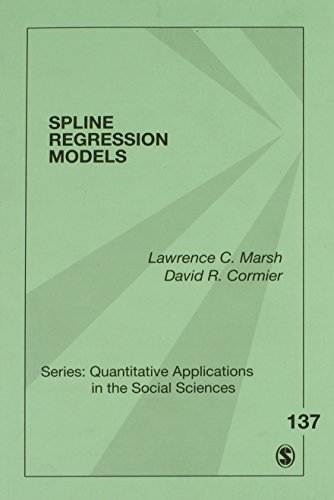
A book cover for Spline Regression Models (Quantitative Applications in the Social Sciences) (v. 137); Lawrence C. Marsh; Science & Math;